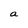
Character: a